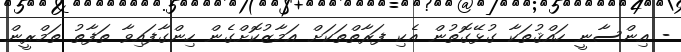
- އިންސާނީ ހައްޤުތަކާ ގުޅޭގޮތުން އެކި ފަރާތްތަކަށް އަމާޒުކޮށްގެން ހިންގާފައިވާ ތަފާތު ތަމްރީން